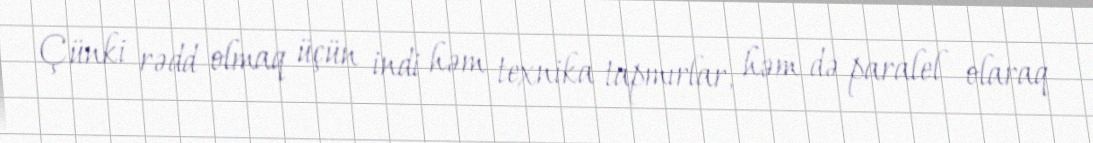
Çünki rədd olmaq üçün indi həm texnika tapmırlar, həm də paralel olaraq